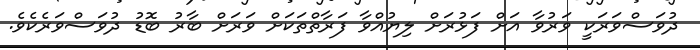
ދުވަސްވަރަކީ ވަރުވާ އަށް ފަޅުރަށް ލިޔުއްވާ ފަރާތްތަކަށް ވަރަށް ބާރު ބޮޑު ދުވަސްވަރެކެވެ.